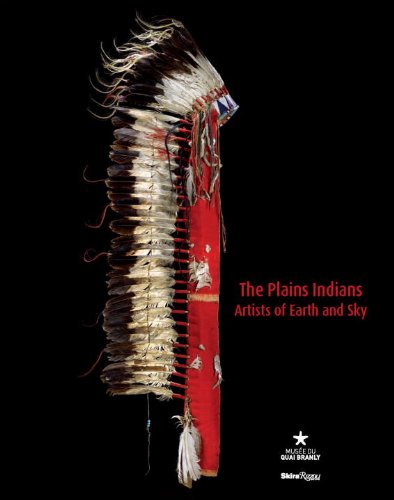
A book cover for The Plains Indians: Artists of Earth and Sky; Arts & Photography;